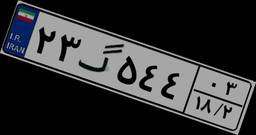
۴۷گ۸۷۵۱۶